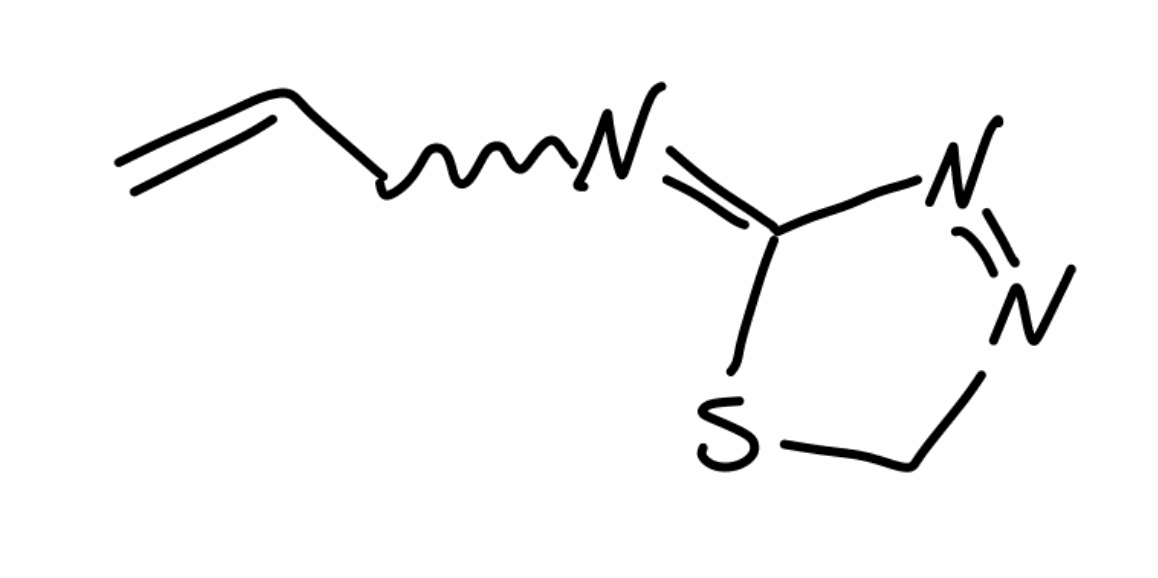
Simplified molecular-input line-entry system (SMILES) notation of the given molecule:
C=CCN=C1N=NCS1